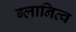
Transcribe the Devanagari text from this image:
ग्लानित्व